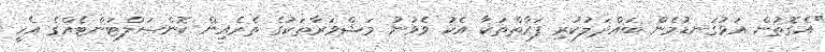
"އެގޮތުން އަޅުގަނޑުމެން ބައްދަލުކުރި ފަރާތްތަކާ އެކު ވެވުނު މަޝްވަރާތަކުގެ ތެރެއިން ކޮންސަލްޓަންޓެއްގެ އެހީ